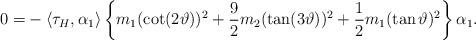
LaTeX: \begin{align*}0=&-\langle \tau_{H}, \alpha_{1}\rangle \left\{m_{1}(\cot (2\vartheta))^{2}+ \frac{9}{2} m_{2}(\tan(3\vartheta))^{2} + \frac{1}{2}m_{1}(\tan\vartheta)^{2}\right\}\alpha_{1}.\end{align*}